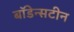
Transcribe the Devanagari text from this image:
बॉडेन्सटीन